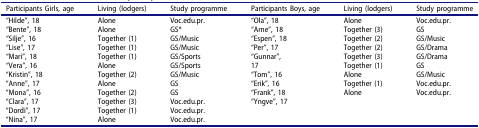
| Participants Girls, age | Living (lodgers) | Study programme | Participants Boys, age | Living (lodgers) | Study programme |
 | --- | --- | --- | --- | --- | --- |
 | “Hilde”, 18 | Alone | Voc.edu.pr. | “Ola”, 18 | Alone | Voc.edu.pr. |
 | “Bente”, 18 | Alone | GS* | “Arne”, 18 | Together (3) | GS |
 | “Silje”, 16 | Together (1) | GS/Music | “Espen”, 18 | Together (2) | GS/Music |
 | “Lise”, 17 | Together (1) | GS/Music | “Per”, 17 | Together (2) | GS/Drama |
 | “Mari”, 18 | Together (1) | GS/Sports | “Gunnar”, | Together (3) | GS/Drama |
 | “Vera”, 16 | Alone | GS/Sports | 17 | Together (1) | GS |
 | “Kristin”, 18 | Together (2) | GS/Music | “Tom”, 16 | Alone | GS/Music |
 | “Anne”, 17 | Alone | GS | “Erik”, 16 | Together (1) | Voc.edu.pr. |
 | “Mona”, 16 | Together (2) | GS | “Frank”, 18 | Alone | Voc.edu.pr. |
 | “Clara”, 17 | Together (3) | Voc.edu.pr. | “Yngve”, 17 |  |  |
 | “Dordi”, 17 | Together (1) | Voc.edu.pr. |  |  |  |
 | “Nina”, 17 | Alone | Voc.edu.pr. |  |  |  |